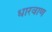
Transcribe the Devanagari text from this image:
धारवाण